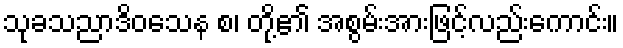
သုခသညာဒိဝသေန စ၊ တို့၏ အစွမ်းအားဖြင့်လည်းကောင်း။